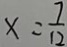
x = \frac { 7 } { 1 2 }